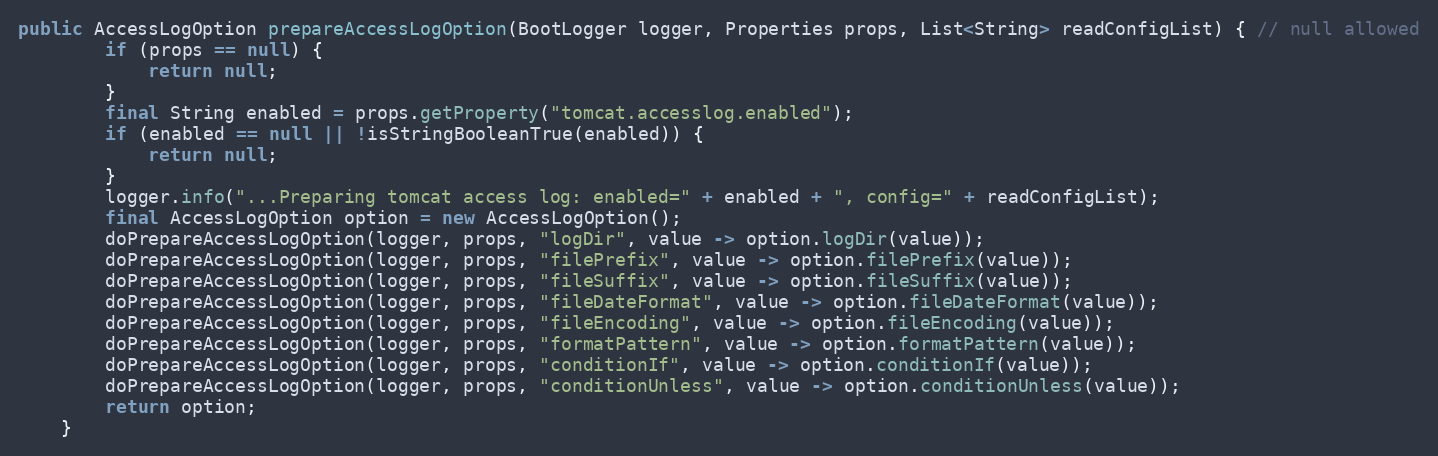
Language: Java
public AccessLogOption prepareAccessLogOption(BootLogger logger, Properties props, List<String> readConfigList) { // null allowed
        if (props == null) {
            return null;
        }
        final String enabled = props.getProperty("tomcat.accesslog.enabled");
        if (enabled == null || !isStringBooleanTrue(enabled)) {
            return null;
        }
        logger.info("...Preparing tomcat access log: enabled=" + enabled + ", config=" + readConfigList);
        final AccessLogOption option = new AccessLogOption();
        doPrepareAccessLogOption(logger, props, "logDir", value -> option.logDir(value));
        doPrepareAccessLogOption(logger, props, "filePrefix", value -> option.filePrefix(value));
        doPrepareAccessLogOption(logger, props, "fileSuffix", value -> option.fileSuffix(value));
        doPrepareAccessLogOption(logger, props, "fileDateFormat", value -> option.fileDateFormat(value));
        doPrepareAccessLogOption(logger, props, "fileEncoding", value -> option.fileEncoding(value));
        doPrepareAccessLogOption(logger, props, "formatPattern", value -> option.formatPattern(value));
        doPrepareAccessLogOption(logger, props, "conditionIf", value -> option.conditionIf(value));
        doPrepareAccessLogOption(logger, props, "conditionUnless", value -> option.conditionUnless(value));
        return option;
    }